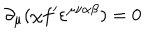
\partial _ { \mu } ( \chi f ^ { \prime } \varepsilon ^ { \mu \nu \alpha \beta } ) = 0